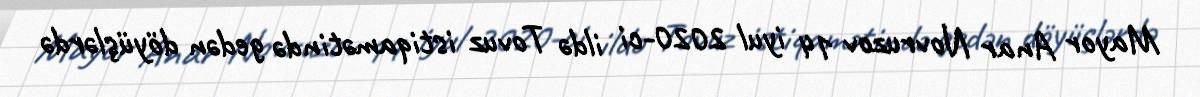
Mayor Anar Novruzov 14 iyul 2020-ci ildə Tovuz istiqamətində gedən döyüşlərdə